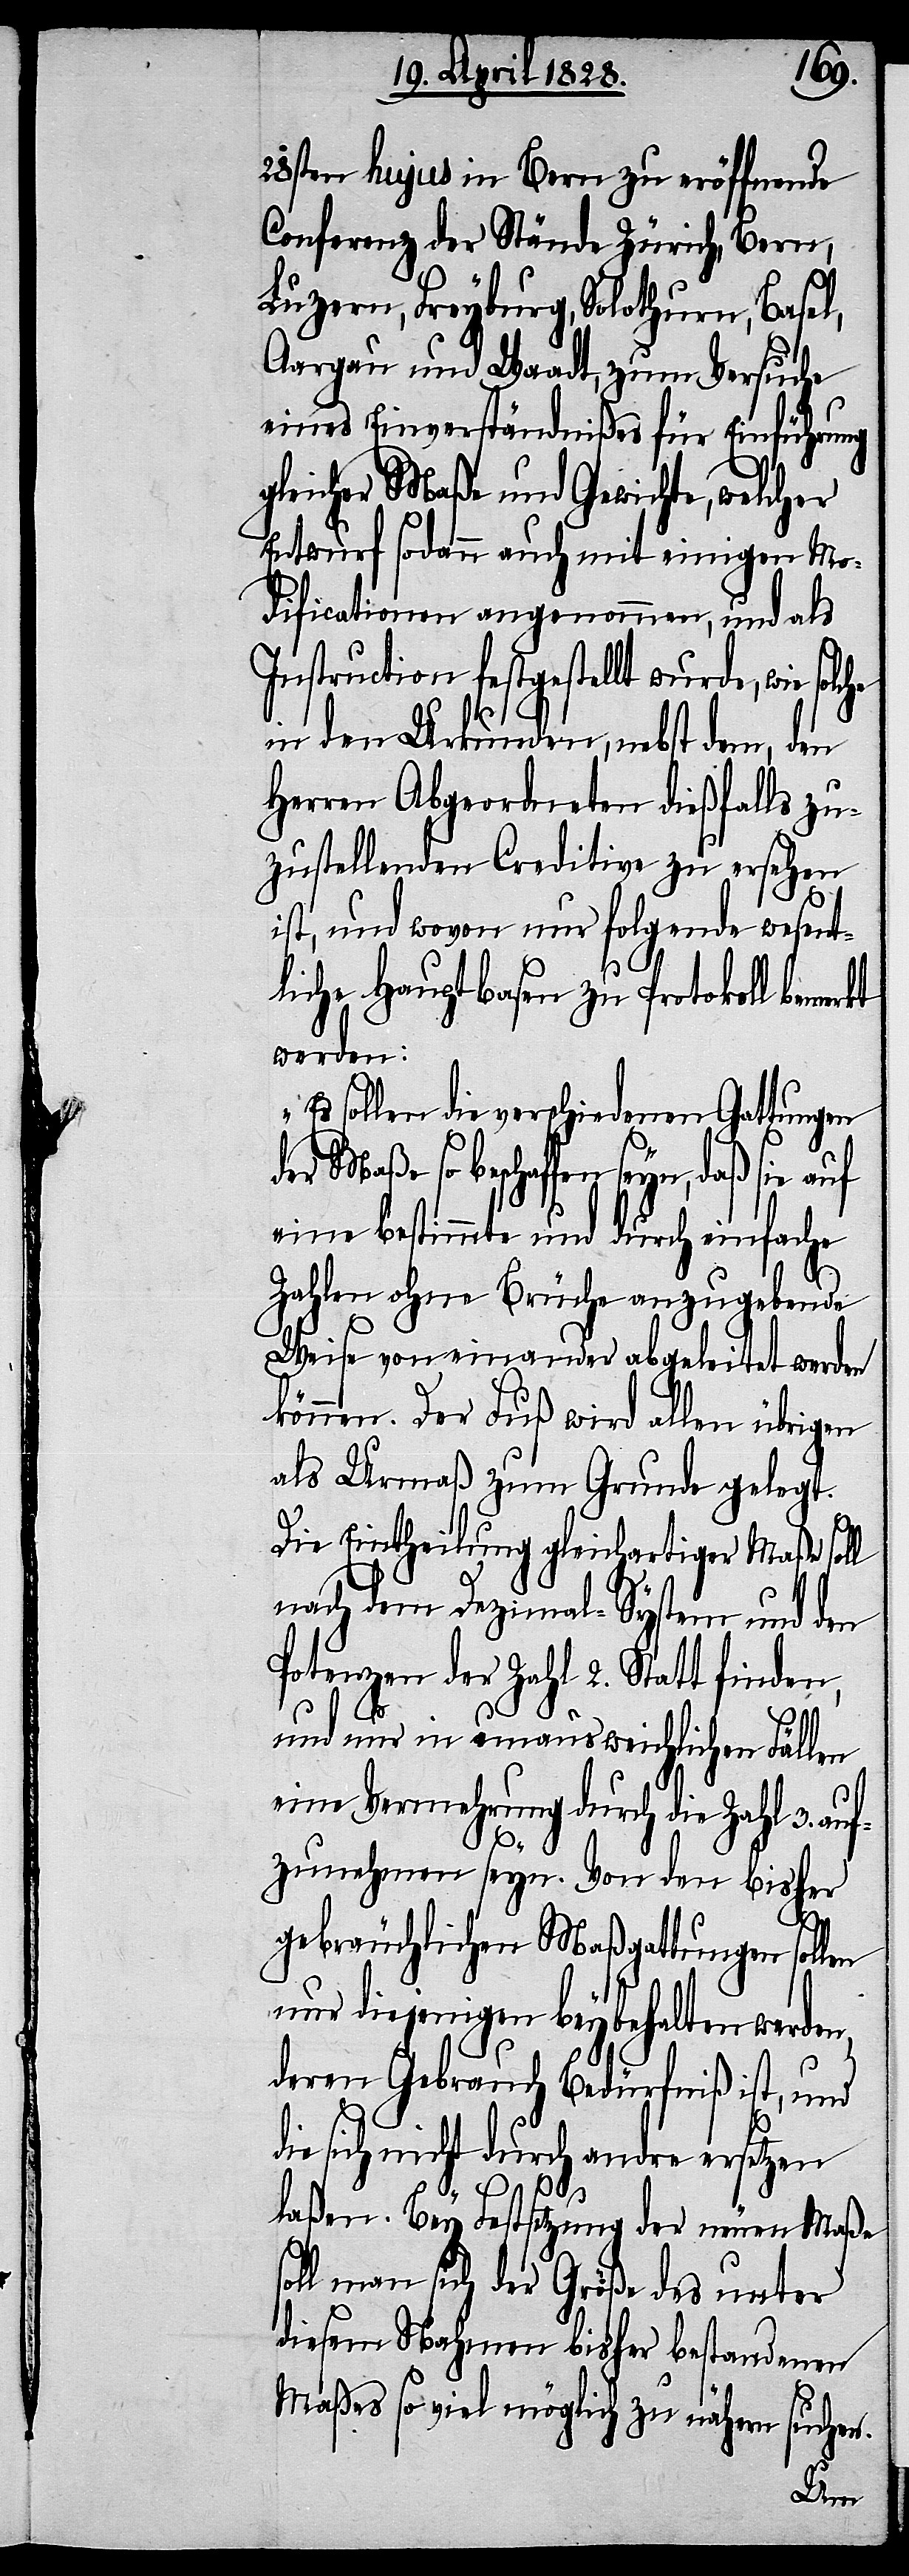
28sten hujus in Bern zu eröffnende
Conferenz der Stände Zürich, Bern,
Luzern, Freyburg, Solothurn, Basel,
Aargau und Waadt, zum Versuche
eines Einverständnißes für Einführung
gleicher Maße und Gewicht, welcher
Entwurf sodann auch mit einigen Mo¬
dificationen angenommen, und als
Instruction festgestellt wurde, wie
in den Urkunden, nebst dem, den
Herren Abgeordneten dießfalls zu¬
zustellenden Creditive zu ersehen
ist, und wovon nur folgende wesent¬
liche Hauptbasen zu Protokoll bemerkt
werden:
„Es sollen die verschiedenen Gattungen
so beschaffen seyn, daß sie auf
eine bestimmte und durch einfache
Zahlen ohne Brüche anzugebende
Weise von einander abgeleitet werden
können. Der Fuß wird allen übrigen
als Urmaß zum Grunde gelegt.
Die Eintheilung gleichartiger Maße soll
nach dem Dezimal-System und den
Potenzen der Zahl 2. Statt finden,
und nur in unausweichlichen Fällen
eine Vermehrung durch die Zahl 3. auf¬
zunehmen seyn. Von den bisher
gebräuchlichen Maßgattungen soll¬
en nur diejenigen beybehalten werden,
deren Gebrauch Bedürfniß ist, und
die sich nicht durch andre ersetzen
laßen. Bey Festsetzung der neuen Maße
soll man sich der Größe des unter
diesem Nahmen bisher bestandenen
Maßes so viel möglich zu nähern suchen.